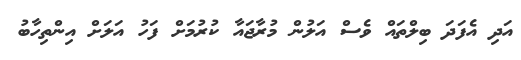
އަދި އެފަދަ ބިލްތައް ވެސް އަލުން މުރާޖައާ ކުރުމަށް ފަހު އަލަށް އިންތިހާބު